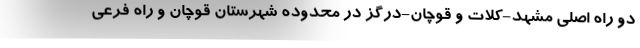
دو راه اصلی مشهد-کلات و قوچان-درگز در محدوده شهرستان قوچان و راه فرعی